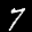
Label: 7